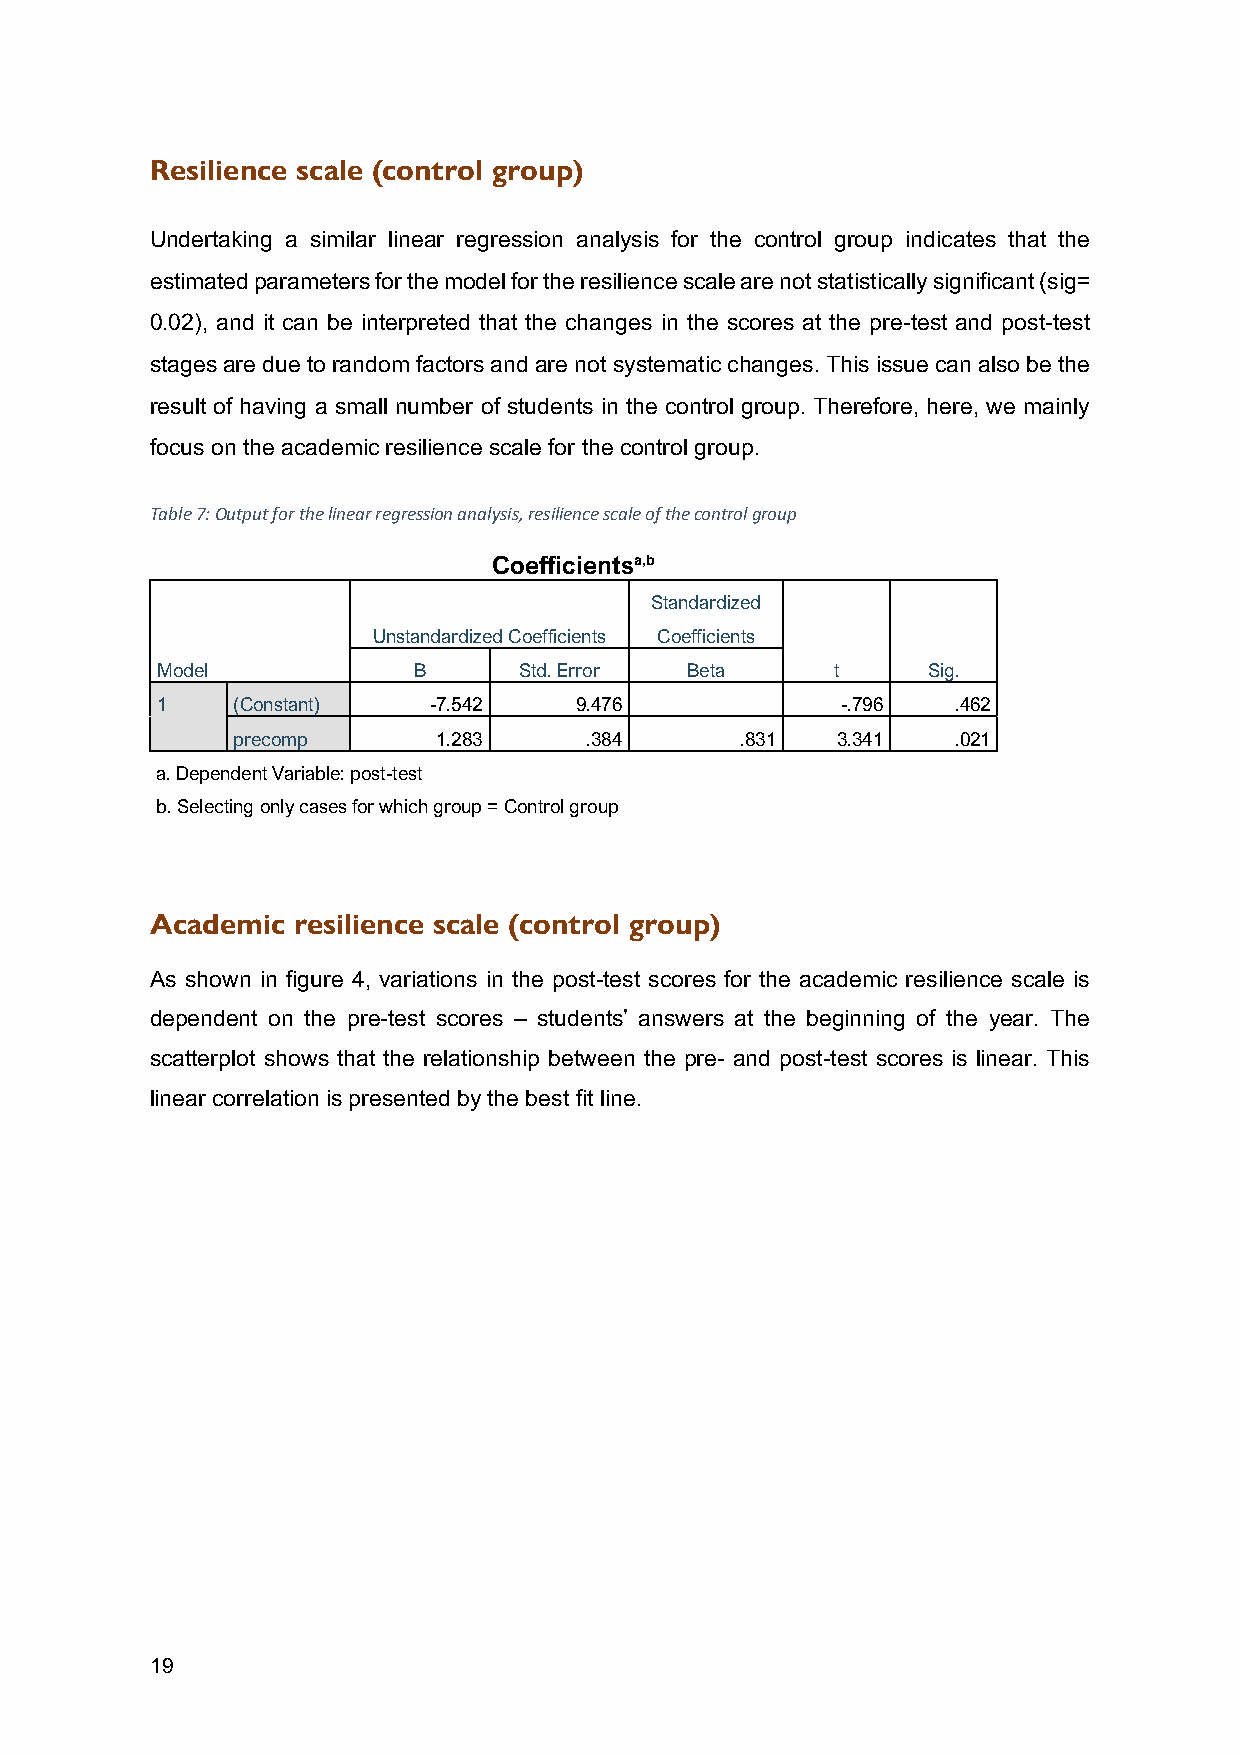
Resilience scale (control group)
 Undertaking a similar linear regression analysis for the control group indicates that the
 estimated parameters for the model for the resilience scale are not statistically significant (sig=
 0.02), and it can be interpreted that the changes in the scores at the pre-test and post-test
 stages are due to random factors and are not systematic changes. This issue can also be the
 result of having a small number of students in the control group. Therefore, here, we mainly
 focus on the academic resilience scale for the control group.
 Table 7: Output for the linear regression analysis, resilience scale of the control group
 Coefficientsa,b
 Standardized
 Unstandardized Coefficients Coefficients
 Model            B      Std. Error Beta      t     Sig.
 1    (Constant)   -7.542    9.476             -.796  .462
 precomp       1.283     .384      .831  3.341   .021
 a. Dependent Variable: post-test
 b. Selecting only cases for which group = Control group
 Academic resilience scale (control group)
 As shown in figure 4, variations in the post-test scores for the academic resilience scale is
 dependent on the pre-test scores – students’ answers at the beginning of the year. The
 scatterplot shows that the relationship between the pre- and post-test scores is linear. This
 linear correlation is presented by the best fit line.
 19